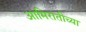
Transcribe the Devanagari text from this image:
आमिरातीच्या